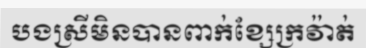
បងស្រីមិនបានពាក់ខ្សែក្រវ៉ាត់